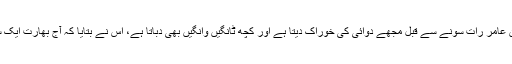
میرا چھوٹا بیٹا ناصر الدین خان عامر رات سونے سے قبل مجھے دوائی کی خوراک دیتا ہے اور کچھ ٹانگیں وانگیں بھی دباتا ہے، اس نے بتایا کہ آج بھارت ایک سو اسی نفلوں سے ہار گیا ہے۔